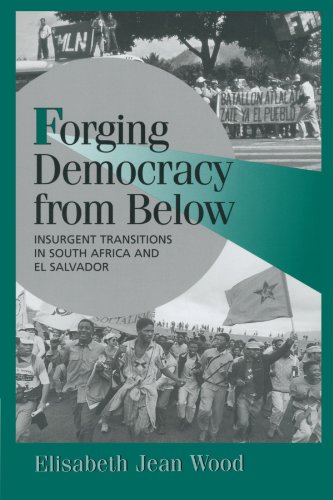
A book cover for Forging Democracy from Below: Insurgent Transitions in South Africa and El Salvador (Cambridge Studies in Comparative Politics); Elisabeth Jean Wood; Law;